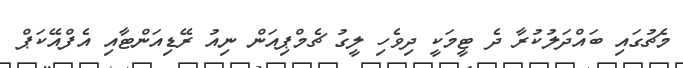
މެޗުގައި ބައްދަލުކުރާ ދެ ޓީމަކީ ދިވެހި ލީގު ޗެމްޕިއަން ނިއު ރޭޑިއަންޓާއި އެފްއޭކަޕް